Civil Veterinary Dept. Assam report 1927-50 - 1927-1950
Year: 1927
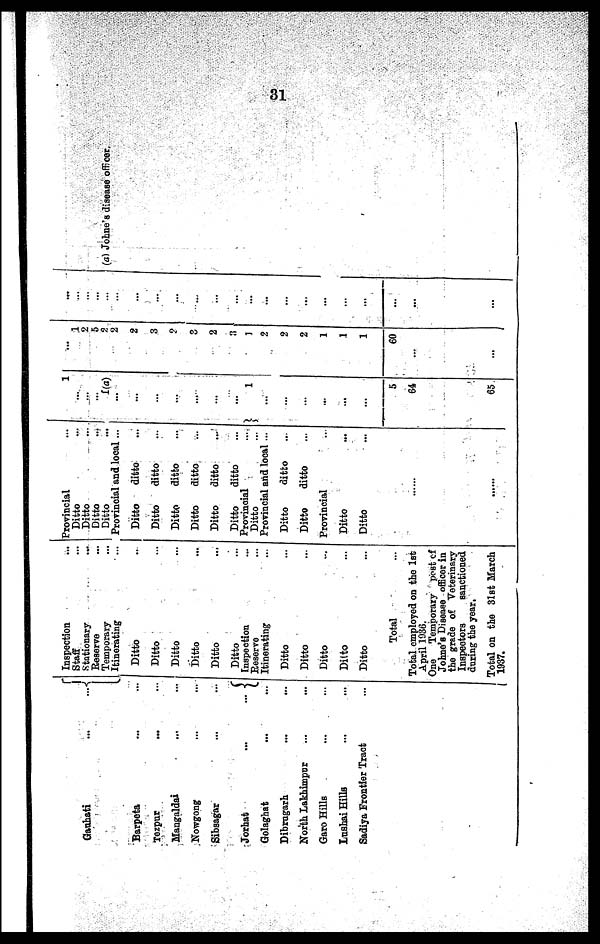
31
Gauhati
...
...
Barpeta ... ...
Tezpur
... ...
Mangaldai ... ...
Nowgong ... ...
Sibsagar ... ...
Jorhat
...
...
Golaghat ... ...
Dibrugarh
...
...
North Lakhimpur ... ...
Garo Hills ... ...
Lushai Hills ... ...
Sadiya Frontier Tract ...
Inspection ...
Staff ...
stationary
...
Reserve ...
Temporary ...
Itinerating ...
Ditto ...
Ditto ...
Ditto ...
Ditto ...
Ditto ...
Ditto ...
Inspection ...
Reserve ...
Itinerating ...
Ditto ...
Ditto ...
Ditto ...
Ditto ...
Ditto ...
Total ...
Total employed on the 1st
April 1936.
One Temporary post of
Johne's Disease officer in
the grade of Veterinary
Inspectors
sanctioned
during the year.
Total on the 31st March
1937.
Provincial ...
Ditto ...
Ditto ...
Ditto ...
Ditto ...
Provincial and local ...
Ditto
ditto ...
Ditto
ditto ...
Ditto
ditto ...
Ditto
ditto ...
Ditto
ditto ...
Ditto
ditto ...
Provincial ...
Ditto ...
Provincial and local ...
Ditto
ditto ...
Ditto
ditto ...
Provincial ...
Ditto ...
Ditto ...
......
1
...
...
... f(a)
...
...
...
...
...
...
1
...
...
...
...
...
...
5
64
65
...
1
2
5
2
2
2
3
2
3
2
3
1
2
2
2
1
1
1
60
...
...
...
...
...
...
...
...
...
...
...
...
...
...
...
...
...
...
...
...
...
...
...
...
(a) Johne's disease officer.